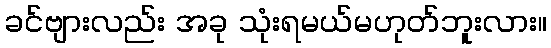
ခင်ဗျားလည်း အခု သုံးရမယ်မဟုတ်ဘူးလား။